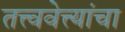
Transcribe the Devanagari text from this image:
तत्त्ववेत्त्यांचा